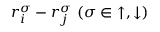
r _ { i } ^ { \sigma } - r _ { j } ^ { \sigma } ~ ( \sigma \in { \uparrow , \downarrow } )